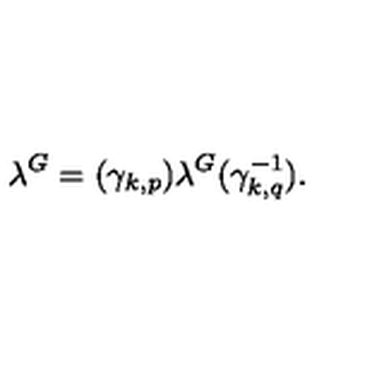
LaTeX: \lambda ^ { G } = ( { \gamma } _ { k , p } ) \lambda ^ { G } ( { \gamma } _ { k , q } ^ { - 1 } ) .